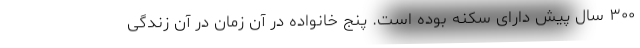
۳۰۰ سال پیش دارای سکنه بوده است. پنج خانواده در آن زمان در آن زندگی